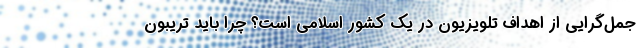
جمل‌‌گرایی از اهداف تلویزیون در یک کشور اسلامی است؟ چرا باید تریبون